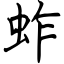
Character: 蚱